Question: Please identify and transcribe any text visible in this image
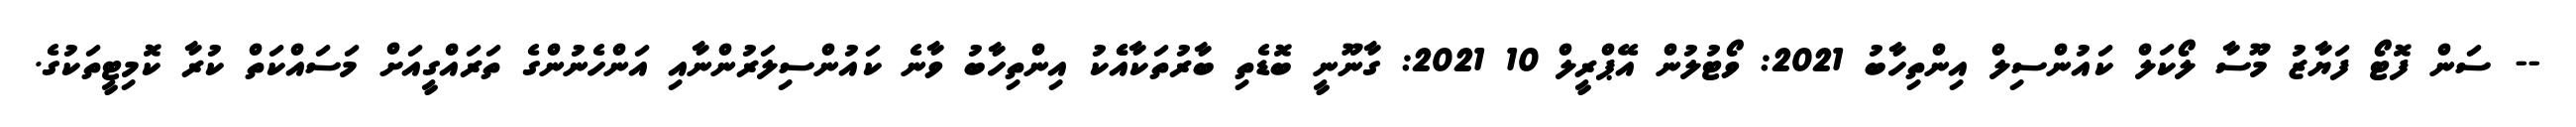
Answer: -- ސަން ފޮޓޯ ފަޔާޒު މޫސާ ލޯކަލް ކައުންސިލް އިންތިހާބު 2021: ވޯޓުލުން އޭޕްރީލް 10 2021: ގާނޫނީ ބޮޑެތި ބާރުތަކާއެެކު އިންތިހާބު ވާނެ ކައުންސިލަރުންނާއި އަންހެނުންގެ ތަރައްގީއަށް މަސައްކަތް ކުރާ ކޮމިޓީތަކުގެ.